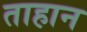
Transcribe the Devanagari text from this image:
ताहान